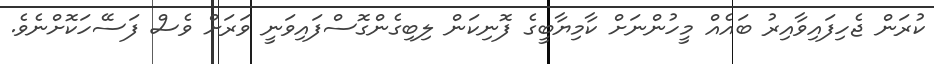
ކުރަން ޖެހިފައިވާއިރު ބައެއް މީހުންނަށް ކާމިޔާބީގެ ފޮނިކަން ލިބިގެންގޮސްފައިވަނީ ވަރަށް ވެސް ފަސޭހަކޮށްނެވެ.